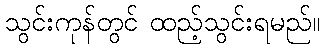
သွင်းကုန်တွင် ထည့်သွင်းရမည်။